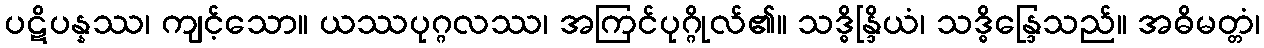
ပဋိပန္နဿ၊ ကျင့်သော။ ယဿပုဂ္ဂလဿ၊ အကြင်ပုဂ္ဂိုလ်၏။ သဒ္ဓိန္ဒြိယံ၊ သဒ္ဓိန္ဒြေသည်။ အဓိမတ္တံ၊